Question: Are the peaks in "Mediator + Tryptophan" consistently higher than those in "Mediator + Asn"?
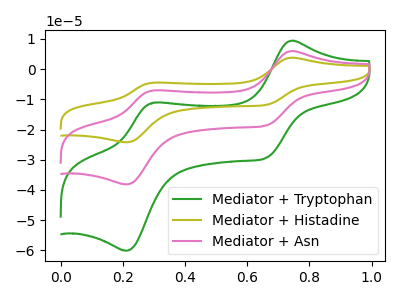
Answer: <think>The green curve "Mediator + Tryptophan" has anodic peaks at (0.75V, 9.40uA) (0.30V, -11.10uA) and cathodic peaks at (0.65V, -29.40uA) (0.20V, -60.10uA). The olive curve "Mediator + Histadine" has anodic peaks at (0.75V, 11.95uA) (0.30V, -14.10uA) and cathodic peaks at (0.65V, -37.30uA) (0.20V, -76.30uA). The pink curve "Mediator + Asn" has anodic peaks at (0.75V, 6.00uA) (0.30V, -7.05uA) and cathodic peaks at (0.65V, -18.65uA) (0.20V, -38.15uA).</think>
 <answer>The peaks in "Mediator + Tryptophan" are neither all higher or all lower than the peaks in "Mediator + Asn".</answer>
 <eval>mixed</eval>